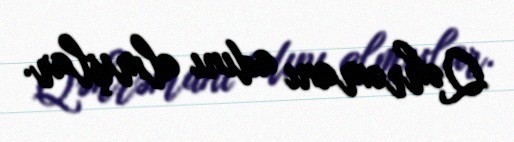
Qəhrəmanı adını almışlar.